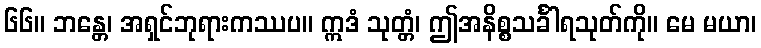
၆၆။ ဘန္တေ၊ အရှင်ဘုရားကဿပ။ ဣဒံ သုတ္တံ၊ ဤအနိစ္စသင်္ခါရသုတ်ကို။ မေ မယာ၊